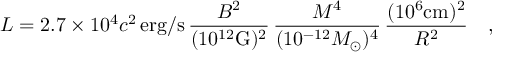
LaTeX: L = 2 . 7 \times 1 0 ^ { 4 } c ^ { 2 } \, \mathrm { e r g / s } \, \frac { B ^ { 2 } } { ( 1 0 ^ { 1 2 } \mathrm { G } ) ^ { 2 } } \, \frac { M ^ { 4 } } { ( 1 0 ^ { - 1 2 } M _ { \odot } ) ^ { 4 } } \, \frac { ( 1 0 ^ { 6 } \mathrm { c m } ) ^ { 2 } } { R ^ { 2 } } \quad ,